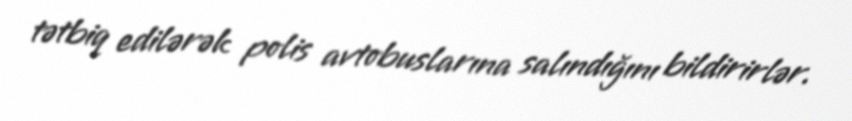
tətbiq edilərək polis avtobuslarına salındığını bildirirlər.